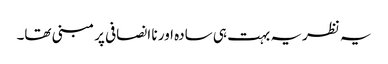
یہ نظریہ بہت ہی سادہ اور نا انصافی پر مبنی تھا۔